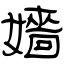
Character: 嬙